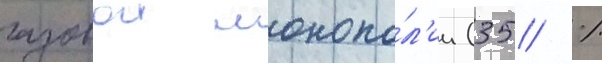
газовои монопо́л'ии (35 %